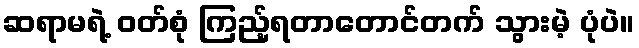
ဆရာမရဲ့ ဝတ်စုံ ကြည့်ရတာတောင်တက် သွားမဲ့ ပုံပဲ။